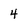
Character: 4